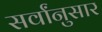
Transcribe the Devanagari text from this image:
सर्वांनुसार